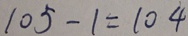
1 0 5 - 1 = 1 0 4